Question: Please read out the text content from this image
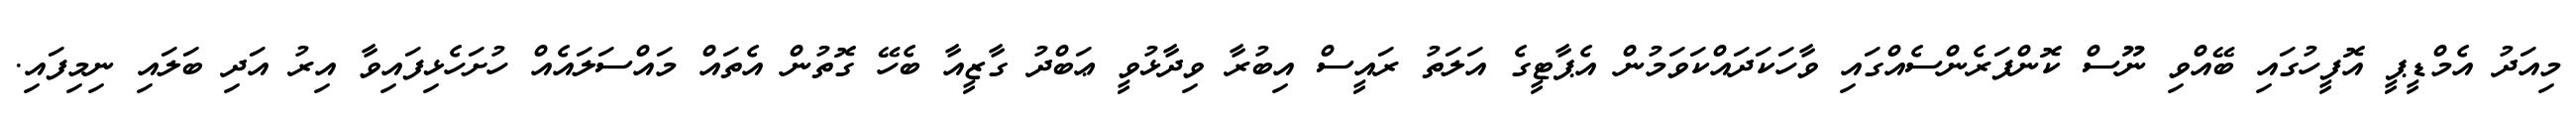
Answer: މިއަދު އެމްޑީޕީ އޮފީހުގައި ބޭއްވި ނޫސް ކޮންފަރެންސެއްގައި ވާހަކަދައްކަވަމުން އެޕާޓީގެ އަލަތު ރައީސް އިބުރާ ވިދާޅުވީ ޢަބްދު ގާޒީއާ ބެހޭ ގޮތުން އެތައް މައްސަލައެއް ހުށަހެޅިފައިވާ އިރު އަދި ބަލައި ނިމިފައި.